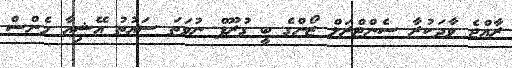
ރާއްޖެ ވާދަކުރާ ސެންޓްރަލް ޒޯންގެ ބީ ގުރޫޕް ނުވަތަ ސައުތު އޭޝިއާ މެންސް